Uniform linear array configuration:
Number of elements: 8
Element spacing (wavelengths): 1
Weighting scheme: exponential
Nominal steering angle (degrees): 0
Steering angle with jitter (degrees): -0.5208
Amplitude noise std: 0.05
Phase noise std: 0.05

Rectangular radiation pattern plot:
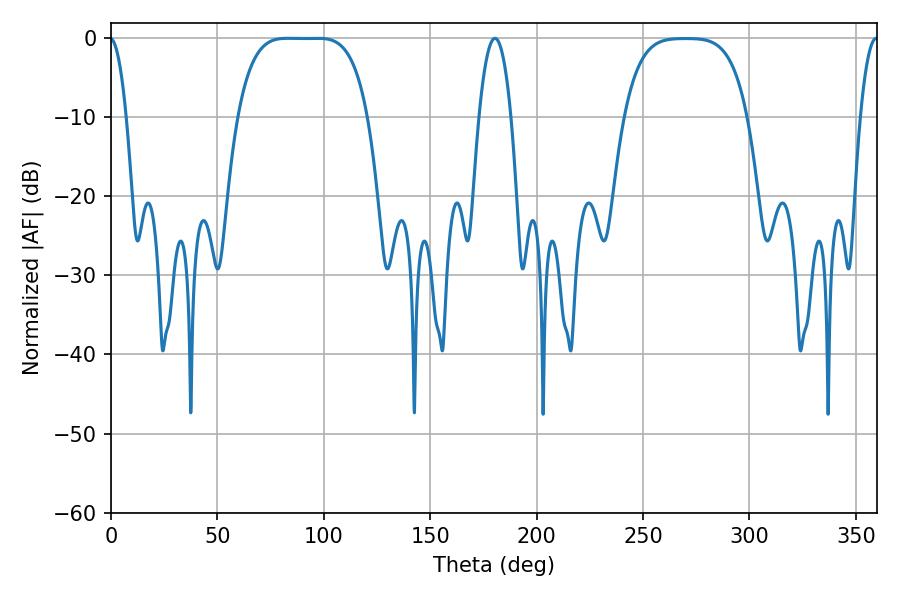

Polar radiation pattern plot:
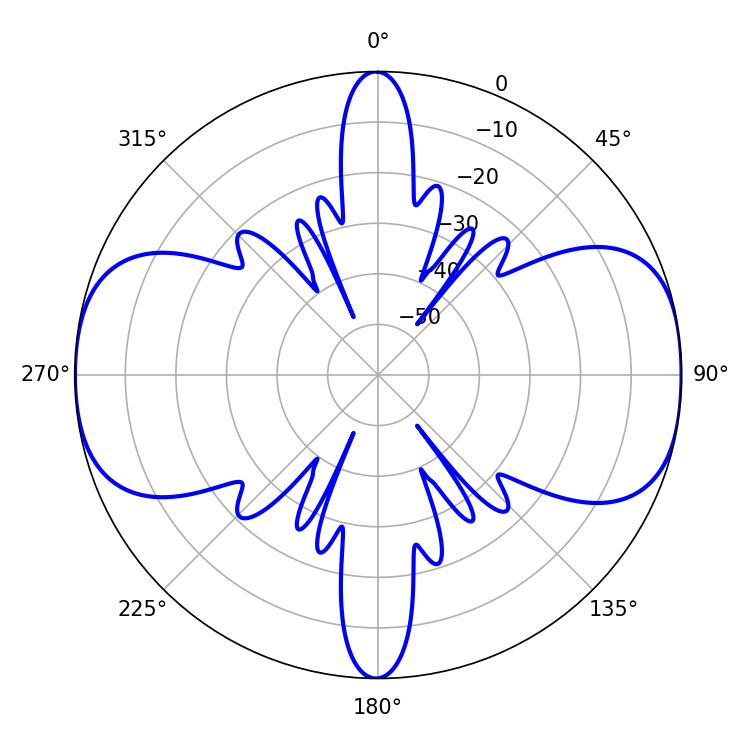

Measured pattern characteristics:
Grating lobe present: TRUE
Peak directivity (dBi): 14.186
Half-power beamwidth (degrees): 46.44
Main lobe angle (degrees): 82.98